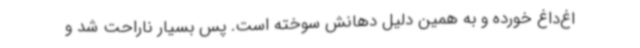
اغ‌داغ خورده و به همین دلیل دهانش سوخته است. پس بسیار ناراحت شد و